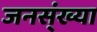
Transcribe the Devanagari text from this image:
जनस्ंख्या